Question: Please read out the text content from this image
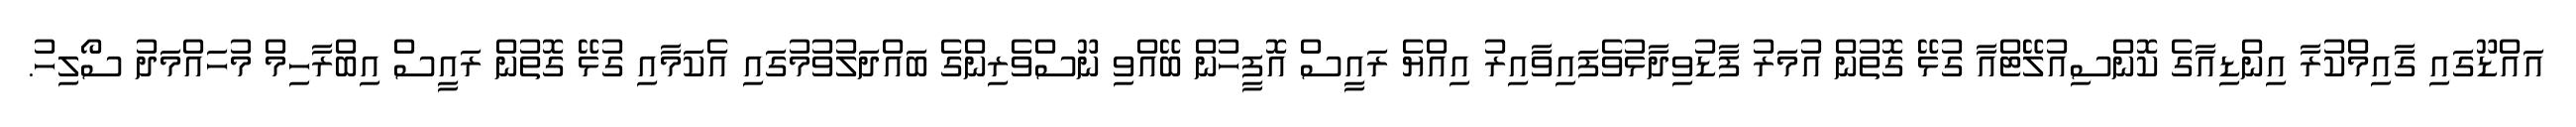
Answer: އައްޑޫގައި ގާއިމްކުރާ އިންޑިއާގެ ކޮންސިއުލޭޓްއާ ގުޅޭ ގޮތުން އުމަރު ފާޑުވިދާޅުވެފައިވާއިރު އިއްޔެ ރައީސް އޮފީހުން ބޭއްވި ނޫސްވެރިންގެ ބައްދަލުވުމުގައި އެކަމާއި ގުޅޭ ގޮތުން ރައީސް އިބްރާހިމް މުހައްމަދު ސޯލިހު.